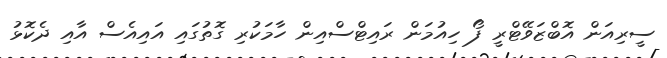
ސީރިއަން އޮބްޒަވޭޓްރީ ފޯ ހިއުމަން ރައިޓްސްއިން ހާމަކުރި ގޮތުގައި އައިއެސް އާއި ދެކޮޅު